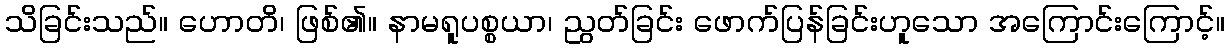
သိခြင်းသည်။ ဟောတိ၊ ဖြစ်၏။ နာမရူပစ္စယာ၊ ညွတ်ခြင်း ဖောက်ပြန်ခြင်းဟူသော အကြောင်းကြောင့်။